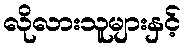
လိုလားသူများနှင့်